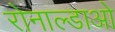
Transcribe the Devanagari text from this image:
रोनाल्डाओ